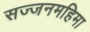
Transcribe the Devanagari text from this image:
सज्जनमहिमा